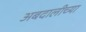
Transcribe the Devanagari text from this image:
अबदालीच्या